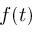
f ( t )